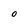
Character: O